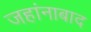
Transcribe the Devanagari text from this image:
जहांनाबाद